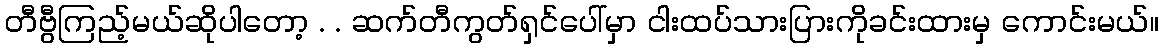
တီဗွီကြည့်မယ်ဆိုပါတော့ . . ဆက်တီကွတ်ရှင်ပေါ်မှာ ငါးထပ်သားပြားကိုခင်းထားမှ ကောင်းမယ်။